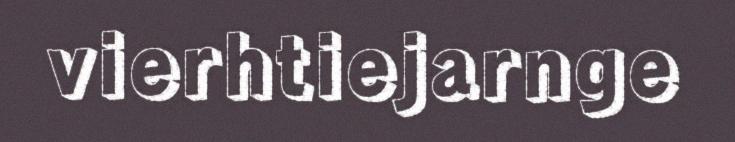
vierhtiejarnge